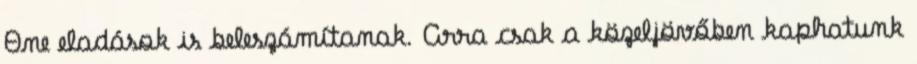
One eladások is beleszámítanak. Arra csak a közeljövőben kaphatunk